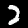
Digit: 2